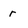
Character: r